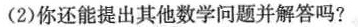
(2)你还能提出其他数学问题并解答吗?